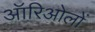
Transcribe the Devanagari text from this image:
ऑरिओलों